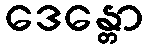
ဒေန္တော